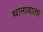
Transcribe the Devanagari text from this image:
थानावाला